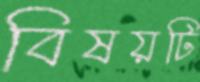
বিষয়টি